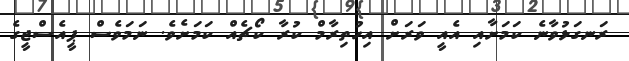
ރަނގަޅުވާނެ ކަމަށާއި އެއީ ވަރަށް އިހުތިރާމް ކުރާ ކޯޗެއް ކަމަށެވެ. ނަމަވެސް ޕީއެސްޖީގެ